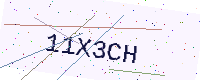
Text: 11X3CH